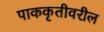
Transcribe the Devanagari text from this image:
पाककृतीवरील